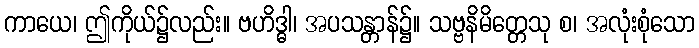
ကာယေ၊ ဤကိုယ်၌လည်း။ ဗဟိဒ္ဓါ၊ အပသန္တာန်၌။ သဗ္ဗနိမိတ္တေသု စ၊ အလုံးစုံသော